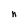
Character: n